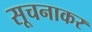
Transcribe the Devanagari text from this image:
सूचनाकर